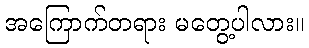
အကြောက်တရား မတွေ့ပါလား။